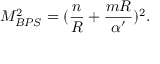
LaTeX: M _ { B P S } ^ { 2 } = ( { \frac { n } { R } } + { \frac { m R } { \alpha ^ { \prime } } } ) ^ { 2 } .